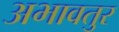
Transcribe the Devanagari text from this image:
अभावतुर